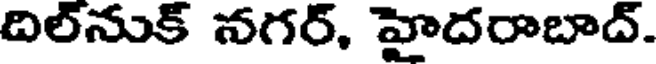
దిల్నుక్ నగర్, హైదరాబాద్.